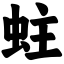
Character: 蛀